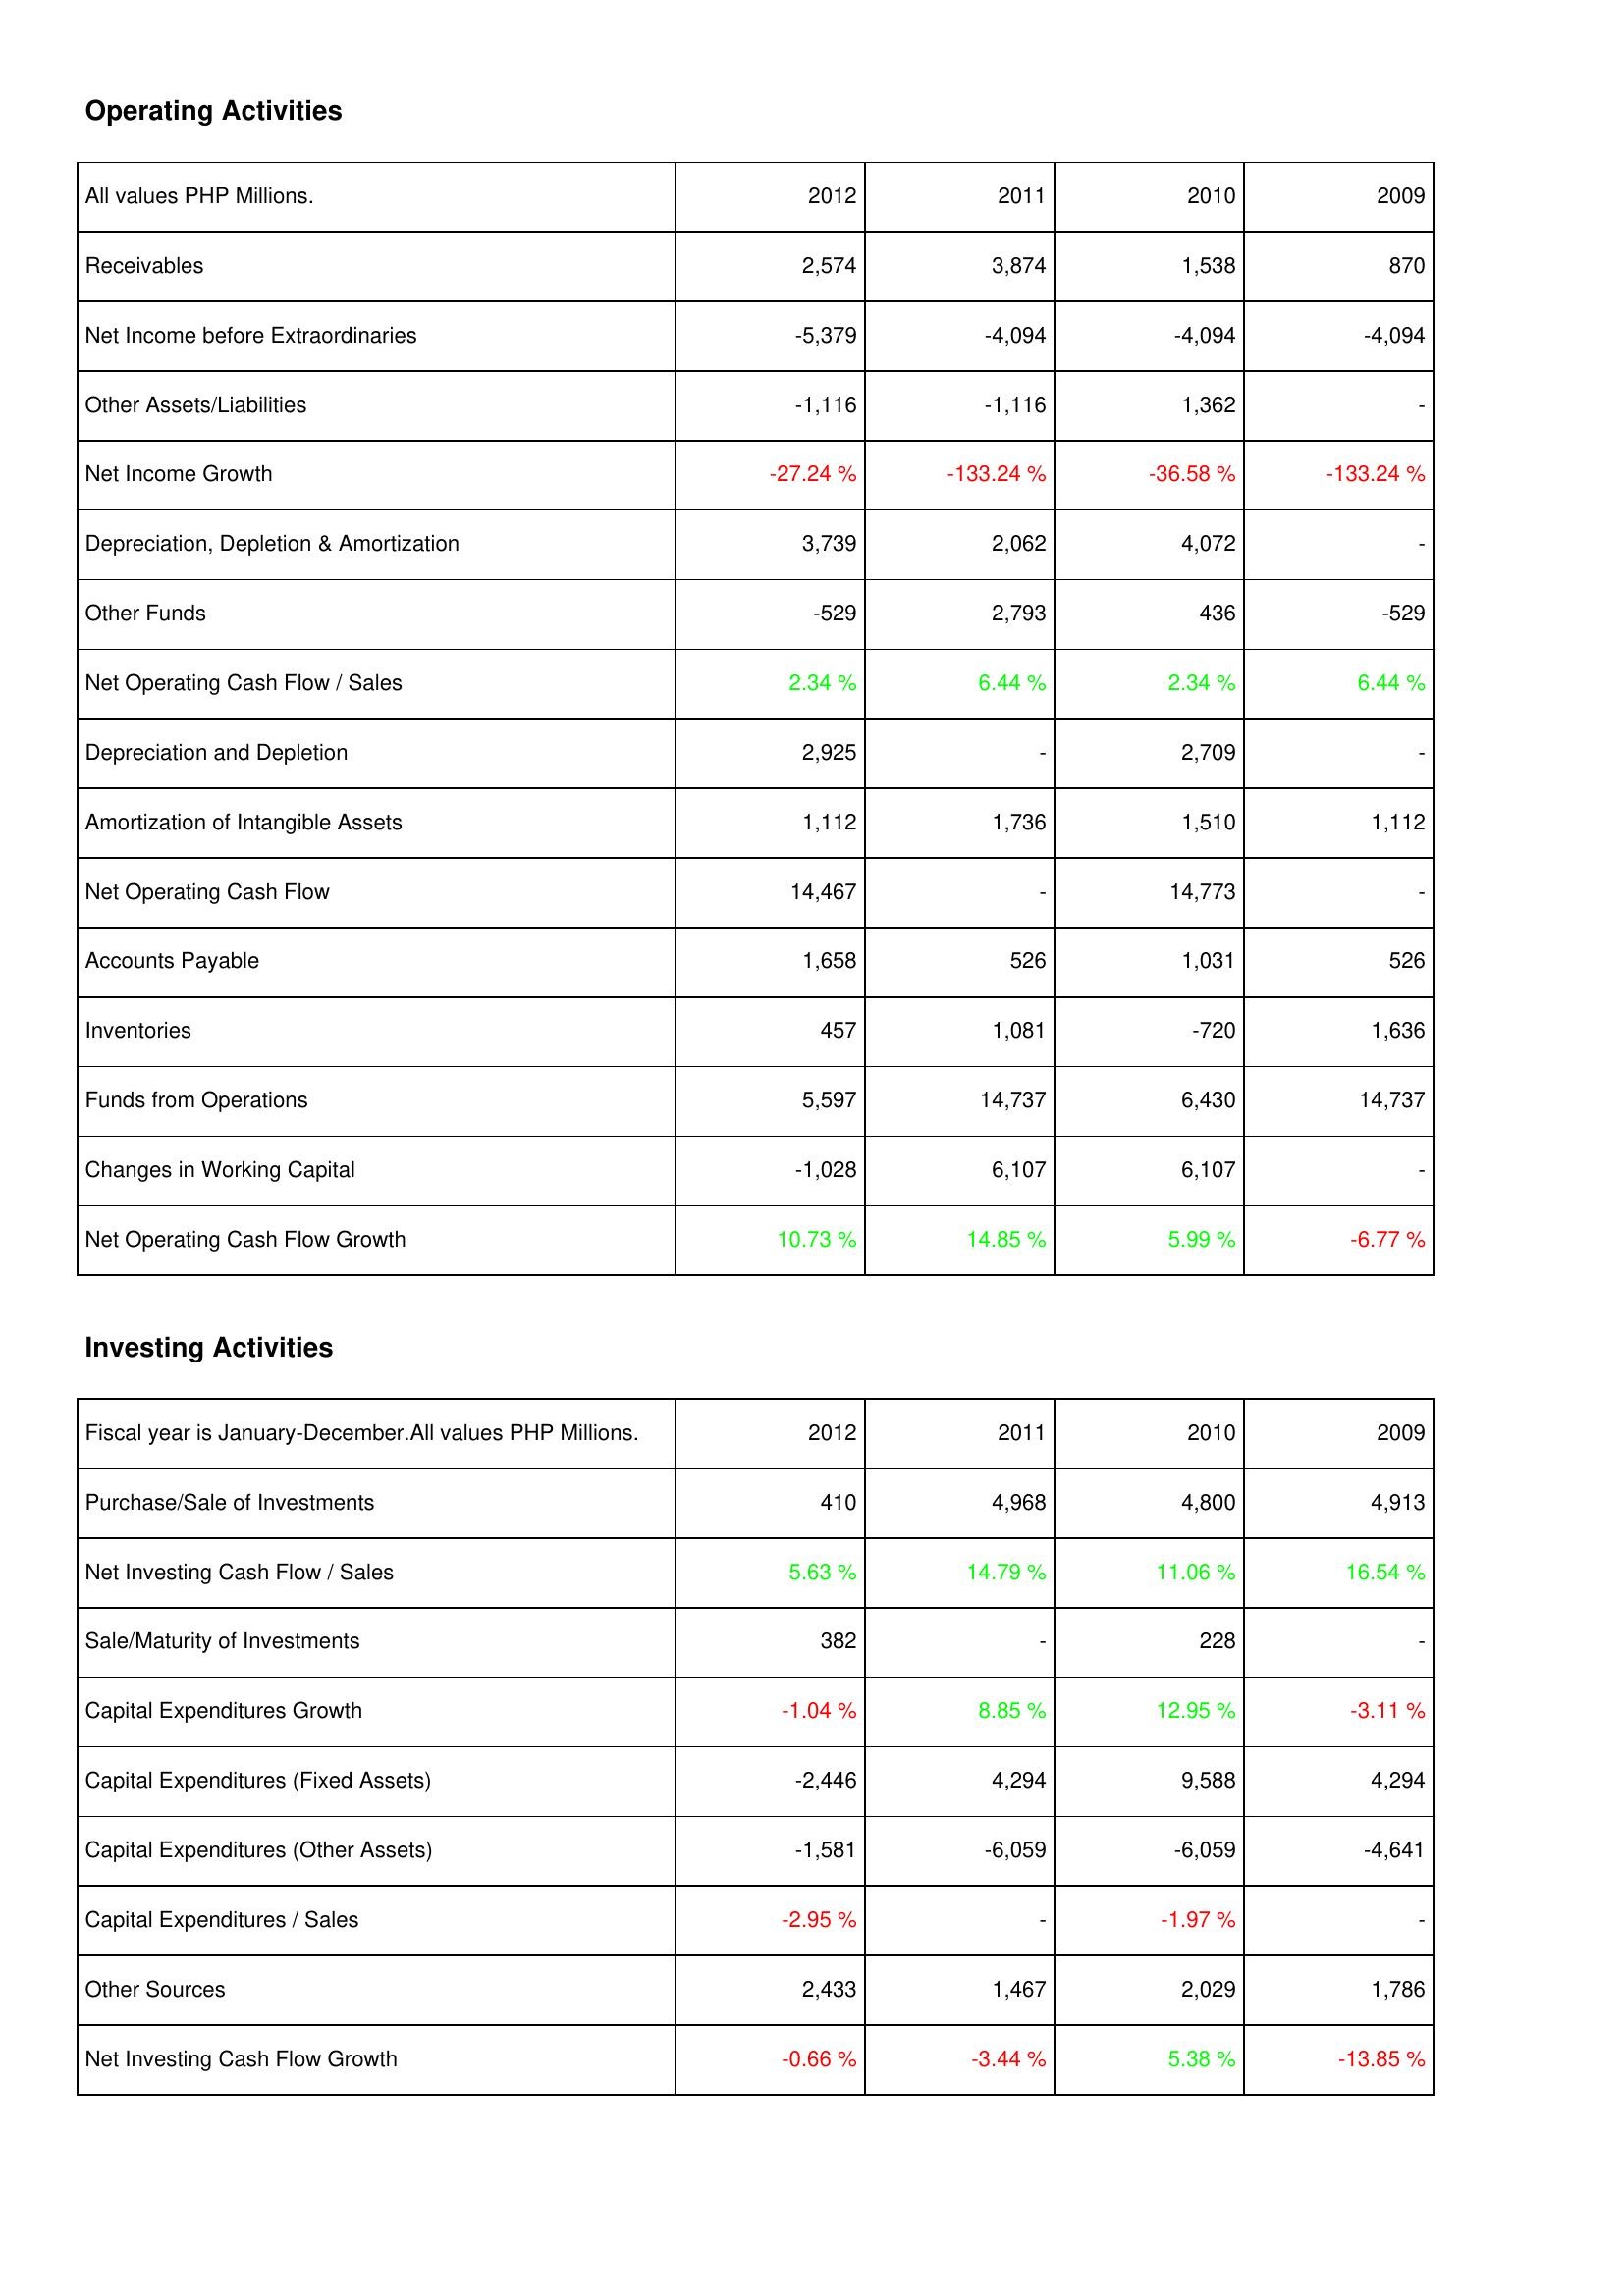
2012: Operating Activities: Receivables: 2,574
Net Income before Extraordinaries: -5,379
Other Assets/Liabilities: -1,116
Net Income Growth: -27.24 %
Depreciation, Depletion & Amortization: 3,739
Other Funds: -529
Net Operating Cash Flow / Sales: 2.34 %
Depreciation and Depletion: 2,925
Amortization of Intangible Assets: 1,112
Net Operating Cash Flow: 14,467
Accounts Payable: 1,658
Inventories: 457
Funds from Operations: 5,597
Changes in Working Capital: -1,028
Net Operating Cash Flow Growth: 10.73 %
Investing Activities: Purchase/Sale of Investments: 410
Net Investing Cash Flow / Sales: 5.63 %
Sale/Maturity of Investments: 382
Capital Expenditures Growth: -1.04 %
Capital Expenditures (Fixed Assets): -2,446
Capital Expenditures (Other Assets): -1,581
Capital Expenditures / Sales: -2.95 %
Other Sources: 2,433
Net Investing Cash Flow Growth: -0.66 %
2011: Operating Activities: Receivables: 3,874
Net Income before Extraordinaries: -4,094
Other Assets/Liabilities: -1,116
Net Income Growth: -133.24 %
Depreciation, Depletion & Amortization: 2,062
Other Funds: 2,793
Net Operating Cash Flow / Sales: 6.44 %
Depreciation and Depletion: -
Amortization of Intangible Assets: 1,736
Net Operating Cash Flow: -
Accounts Payable: 526
Inventories: 1,081
Funds from Operations: 14,737
Changes in Working Capital: 6,107
Net Operating Cash Flow Growth: 14.85 %
Investing Activities: Purchase/Sale of Investments: 4,968
Net Investing Cash Flow / Sales: 14.79 %
Sale/Maturity of Investments: -
Capital Expenditures Growth: 8.85 %
Capital Expenditures (Fixed Assets): 4,294
Capital Expenditures (Other Assets): -6,059
Capital Expenditures / Sales: -
Other Sources: 1,467
Net Investing Cash Flow Growth: -3.44 %
2010: Operating Activities: Receivables: 1,538
Net Income before Extraordinaries: -4,094
Other Assets/Liabilities: 1,362
Net Income Growth: -36.58 %
Depreciation, Depletion & Amortization: 4,072
Other Funds: 436
Net Operating Cash Flow / Sales: 2.34 %
Depreciation and Depletion: 2,709
Amortization of Intangible Assets: 1,510
Net Operating Cash Flow: 14,773
Accounts Payable: 1,031
Inventories: -720
Funds from Operations: 6,430
Changes in Working Capital: 6,107
Net Operating Cash Flow Growth: 5.99 %
Investing Activities: Purchase/Sale of Investments: 4,800
Net Investing Cash Flow / Sales: 11.06 %
Sale/Maturity of Investments: 228
Capital Expenditures Growth: 12.95 %
Capital Expenditures (Fixed Assets): 9,588
Capital Expenditures (Other Assets): -6,059
Capital Expenditures / Sales: -1.97 %
Other Sources: 2,029
Net Investing Cash Flow Growth: 5.38 %
2009: Operating Activities: Receivables: 870
Net Income before Extraordinaries: -4,094
Other Assets/Liabilities: -
Net Income Growth: -133.24 %
Depreciation, Depletion & Amortization: -
Other Funds: -529
Net Operating Cash Flow / Sales: 6.44 %
Depreciation and Depletion: -
Amortization of Intangible Assets: 1,112
Net Operating Cash Flow: -
Accounts Payable: 526
Inventories: 1,636
Funds from Operations: 14,737
Changes in Working Capital: -
Net Operating Cash Flow Growth: -6.77 %
Investing Activities: Purchase/Sale of Investments: 4,913
Net Investing Cash Flow / Sales: 16.54 %
Sale/Maturity of Investments: -
Capital Expenditures Growth: -3.11 %
Capital Expenditures (Fixed Assets): 4,294
Capital Expenditures (Other Assets): -4,641
Capital Expenditures / Sales: -
Other Sources: 1,786
Net Investing Cash Flow Growth: -13.85 %